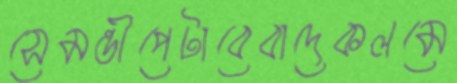
সেমন্তীপেটাবেবাদেকলমে